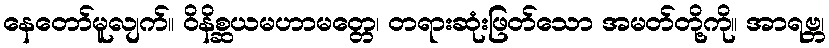
နေတော်မူလျက်။ ဝိနိစ္ဆယမဟာမတ္တေ၊ တရားဆုံးဖြတ်သော အမတ်တို့ကို။ အာရဗ္ဘ၊